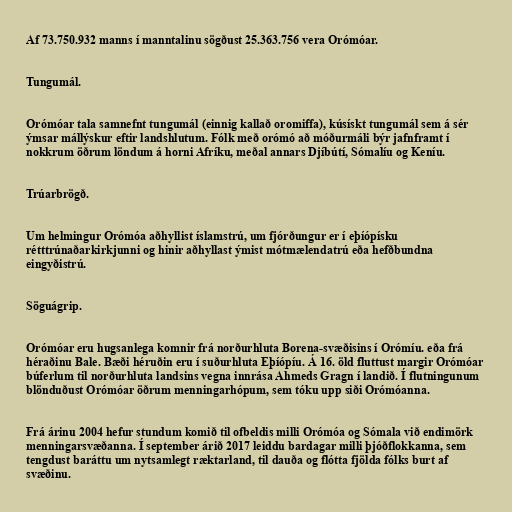
Af 73.750.932 manns í manntalinu sögðust 25.363.756 vera Orómóar.

Tungumál.

Orómóar tala samnefnt tungumál (einnig kallað oromiffa), kúsískt tungumál sem á sér
ýmsar mállýskur eftir landshlutum. Fólk með orómó að móðurmáli býr jafnframt í
nokkrum öðrum löndum á horni Afríku, meðal annars Djíbútí, Sómalíu og Keníu.

Trúarbrögð.

Um helmingur Orómóa aðhyllist íslamstrú, um fjórðungur er í eþíópísku
rétttrúnaðarkirkjunni og hinir aðhyllast ýmist mótmælendatrú eða hefðbundna
eingyðistrú.

Söguágrip.

Orómóar eru hugsanlega komnir frá norðurhluta Borena-svæðisins í Orómíu. eða frá
héraðinu Bale. Bæði héruðin eru í suðurhluta Eþíópíu. Á 16. öld fluttust margir Orómóar
búferlum til norðurhluta landsins vegna innrása Ahmeds Gragn í landið. Í flutningunum
blönduðust Orómóar öðrum menningarhópum, sem tóku upp siði Orómóanna.

Frá árinu 2004 hefur stundum komið til ofbeldis milli Orómóa og Sómala við endimörk
menningarsvæðanna. Í september árið 2017 leiddu bardagar milli þjóðflokkanna, sem
tengdust baráttu um nytsamlegt ræktarland, til dauða og flótta fjölda fólks burt af
svæðinu.